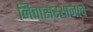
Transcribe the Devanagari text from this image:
निवासस्थानाचे